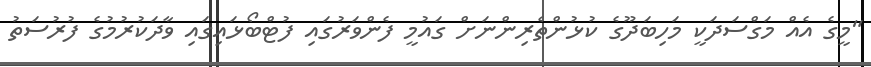
"މީގެ އެއް މަގްސަދަކީ މަހިބަދޫގެ ކުޅުންތެރިންނަށް ގައުމީ ފެންވަރުގައި ފުޓްބޯޅައިގައި ވާދަކުރުމުގެ ފުރުސަތު